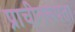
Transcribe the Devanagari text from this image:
प्राचीनरूपता